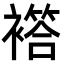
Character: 𧝡